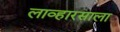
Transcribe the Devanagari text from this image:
लाव्हारसाला